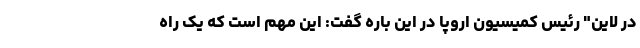
در لاین" رئیس کمیسیون اروپا در این باره گفت: این مهم است که یک راه